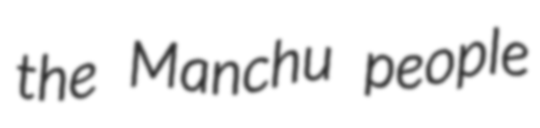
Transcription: the Manchu people